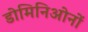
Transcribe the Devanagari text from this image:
डोमिनिओनों